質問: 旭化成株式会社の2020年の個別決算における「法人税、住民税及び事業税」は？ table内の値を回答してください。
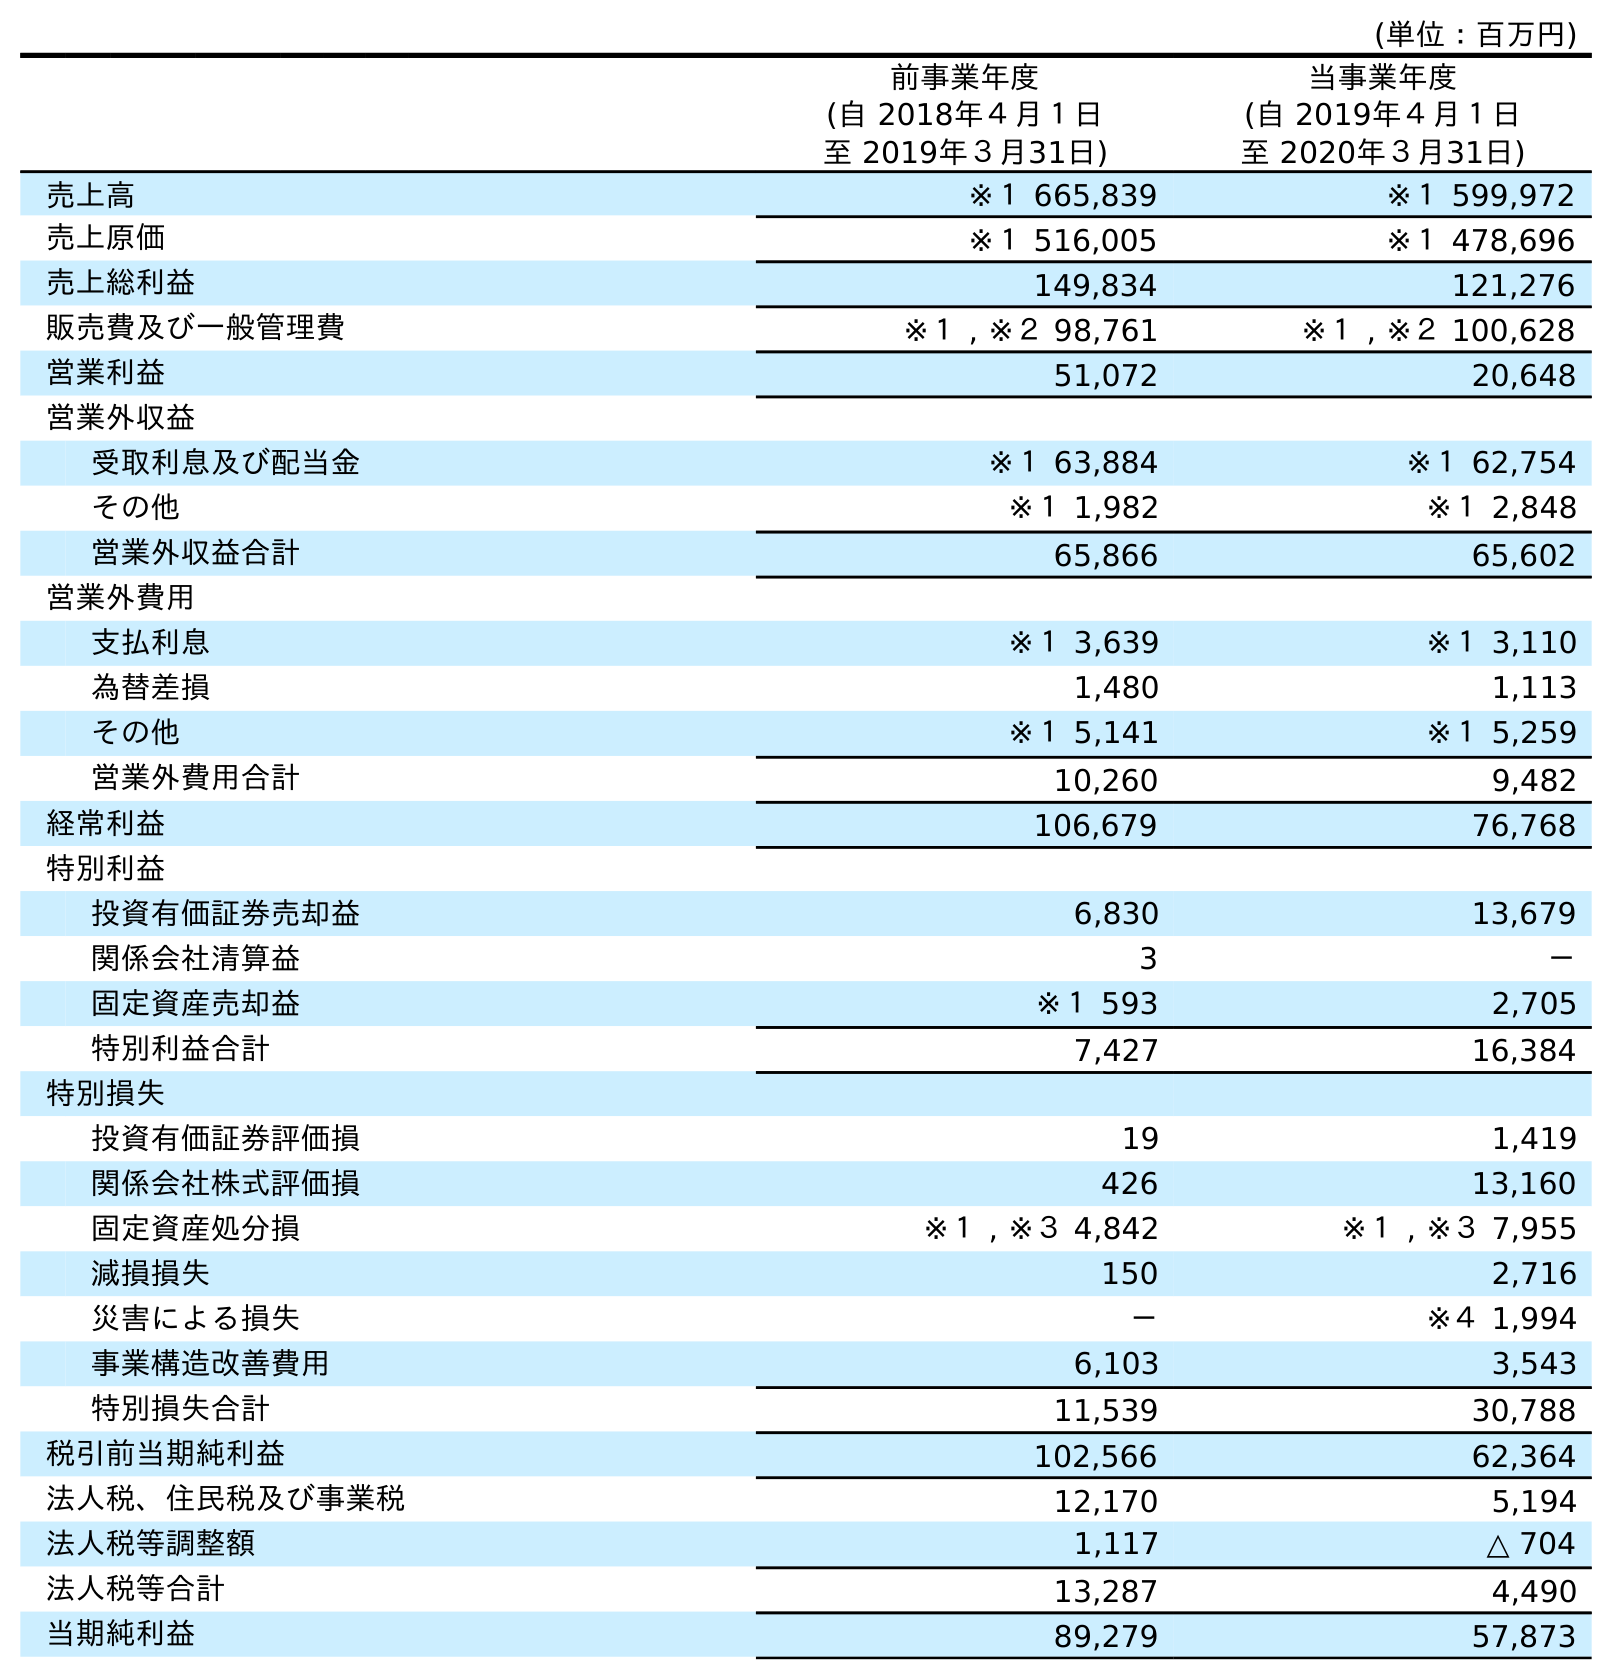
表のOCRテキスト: (単位：百万円) 前事業年度 (自 2018年４月１日 至 2019年３月31日) 当事業年度 (自 2019年４月１日 至 2020年３月31日) 売上高 ※１ 665,839 ※１ 599,972 売上原価 ※１ 516,005 ※１ 478,696 売上総利益 149,834 121,276 販売費及び一般管理費 ※１ , ※２ 98,761 ※１ , ※２ 100,628 営業利益 51,072 20,648 営業外収益 受取利息及び配当金 ※１ 63,884 ※１ 62,754 その他 ※１ 1,982 ※１ 2,848 営業外収益合計 65,866 65,602 営業外費用 支払利息 ※１ 3,639 ※１ 3,110 為替差損 1,480 1,113 その他 ※１ 5,141 ※１ 5,259 営業外費用合計 10,260 9,482 経常利益 106,679 76,768 特別利益 投資有価証券売却益 6,830 13,679 関係会社清算益 3 － 固定資産売却益 ※１ 593 2,705 特別利益合計 7,427 16,384 特別損失 投資有価証券評価損 19 1,419 関係会社株式評価損 426 13,160 固定資産処分損 ※１ , ※３ 4,842 ※１ , ※３ 7,955 減損損失 150 2,716 災害による損失 － ※４ 1,994 事業構造改善費用 6,103 3,543 特別損失合計 11,539 30,788 税引前当期純利益 102,566 62,364 法人税、住民税及び事業税 12,170 5,194 法人税等調整額 1,117 △ 704 法人税等合計 13,287 4,490 当期純利益 89,279 57,873
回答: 5,194